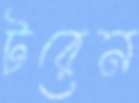
টরেন